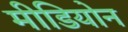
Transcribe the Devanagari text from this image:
मीडियोन